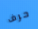
حرف